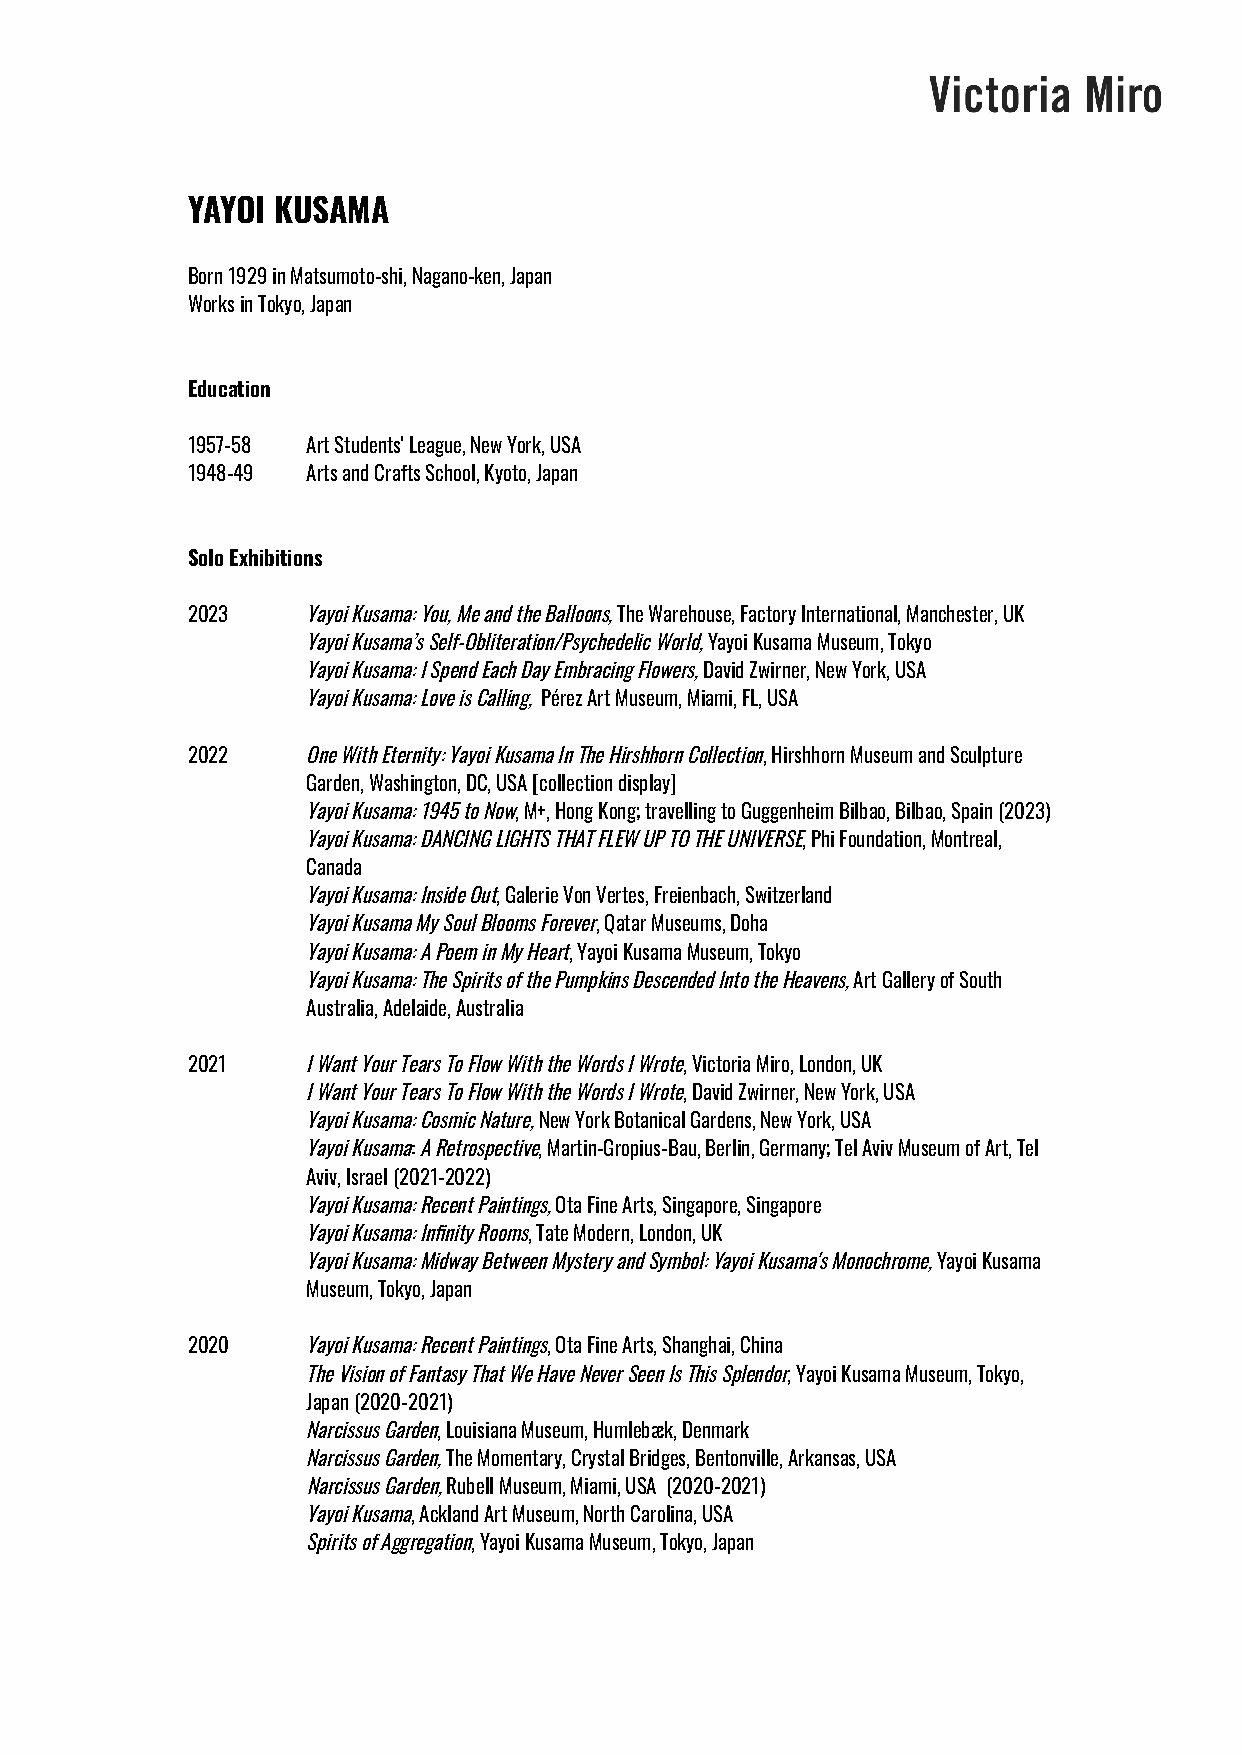
YAYOI KUSAMA
 Born1929inMatsumoto-shi,Nagano-ken,Japan
 WorksinTokyo,Japan
 Education
 1957-58 ArtStudents'League,NewYork,USA
 1948-49 ArtsandCraftsSchool,Kyoto,Japan
 SoloExhibitions
 2023    YayoiKusama:You,MeandtheBalloons,TheWarehouse,FactoryInternational,Manchester,UK
 YayoiKusama’sSelf-Obliteration/PsychedelicWorld,YayoiKusamaMuseum,Tokyo
 YayoiKusama:ISpendEachDayEmbracingFlowers,DavidZwirner,NewYork,USA
 YayoiKusama:LoveisCalling,PérezArtMuseum,Miami,FL,USA
 2022    OneWithEternity:YayoiKusamaInTheHirshhornCollection,HirshhornMuseumandSculpture
 Garden,Washington,DC,USA[collectiondisplay]
 YayoiKusama:1945toNow,M+,HongKong;travellingtoGuggenheimBilbao,Bilbao,Spain(2023)
 YayoiKusama:DANCINGLIGHTSTHATFLEWUPTOTHEUNIVERSE,PhiFoundation,Montreal,
 Canada
 YayoiKusama:InsideOut,GalerieVonVertes,Freienbach,Switzerland
 YayoiKusamaMySoulBloomsForever,QatarMuseums,Doha
 YayoiKusama:APoeminMyHeart,YayoiKusamaMuseum,Tokyo
 YayoiKusama:TheSpiritsofthePumpkinsDescendedIntotheHeavens,ArtGalleryofSouth
 Australia,Adelaide,Australia
 2021    IWantYourTearsToFlowWiththeWordsIWrote,VictoriaMiro,London,UK
 IWantYourTearsToFlowWiththeWordsIWrote,DavidZwirner,NewYork,USA
 YayoiKusama:CosmicNature,NewYorkBotanicalGardens,NewYork,USA
 YayoiKusama:ARetrospective,Martin-Gropius-Bau,Berlin,Germany;TelAvivMuseumofArt,Tel
 Aviv,Israel(2021-2022)
 YayoiKusama:RecentPaintings,OtaFineArts,Singapore,Singapore
 YayoiKusama:InfinityRooms,TateModern,London,UK
 YayoiKusama:MidwayBetweenMysteryandSymbol:YayoiKusama'sMonochrome,YayoiKusama
 Museum,Tokyo,Japan
 2020    YayoiKusama:RecentPaintings,OtaFineArts,Shanghai,China
 TheVisionofFantasyThatWeHaveNeverSeenIsThisSplendor,YayoiKusamaMuseum,Tokyo,
 Japan(2020-2021)
 NarcissusGarden,LouisianaMuseum,Humlebæk,Denmark
 NarcissusGarden,TheMomentary,CrystalBridges,Bentonville,Arkansas,USA
 NarcissusGarden,RubellMuseum,Miami,USA (2020-2021)
 YayoiKusama,AcklandArtMuseum,NorthCarolina,USA
 SpiritsofAggregation,YayoiKusamaMuseum,Tokyo,Japan